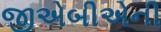
જીએબીએની